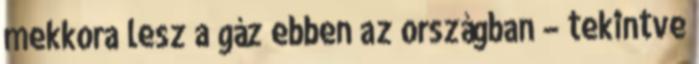
mekkora lesz a gáz ebben az országban – tekintve